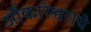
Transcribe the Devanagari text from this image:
ओंकारेश्वराचे